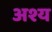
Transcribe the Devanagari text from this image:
अश्य